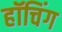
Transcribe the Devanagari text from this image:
हॉचिंग